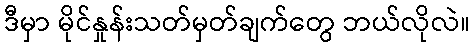
ဒီမှာ မိုင်နှုန်းသတ်မှတ်ချက်တွေ ဘယ်လိုလဲ။